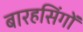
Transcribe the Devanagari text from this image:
बारहसिंगों